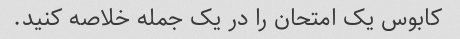
کابوس یک امتحان را در یک جمله خلاصه کنید.